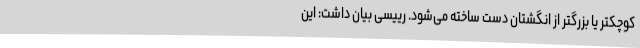
کوچکتر یا بزرگتر از انگشتان دست ساخته می‌شود. رییسی بیان داشت: این